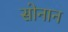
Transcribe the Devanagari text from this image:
सोनान